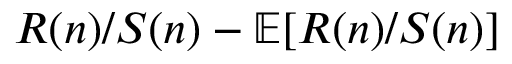
R ( n ) / S ( n ) - \mathbb { E } [ R ( n ) / S ( n ) ]